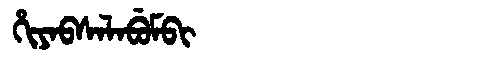
Manchu: ᡥᡳᠶᠠᠪᠰᠠᠯᠠᠪᡠᠮᠪᡳ
Romanization: HIYABSALABUMBI